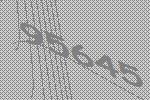
95645